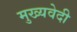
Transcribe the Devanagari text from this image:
मुख्यवेदी